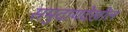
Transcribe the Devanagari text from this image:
समुदायदेखील